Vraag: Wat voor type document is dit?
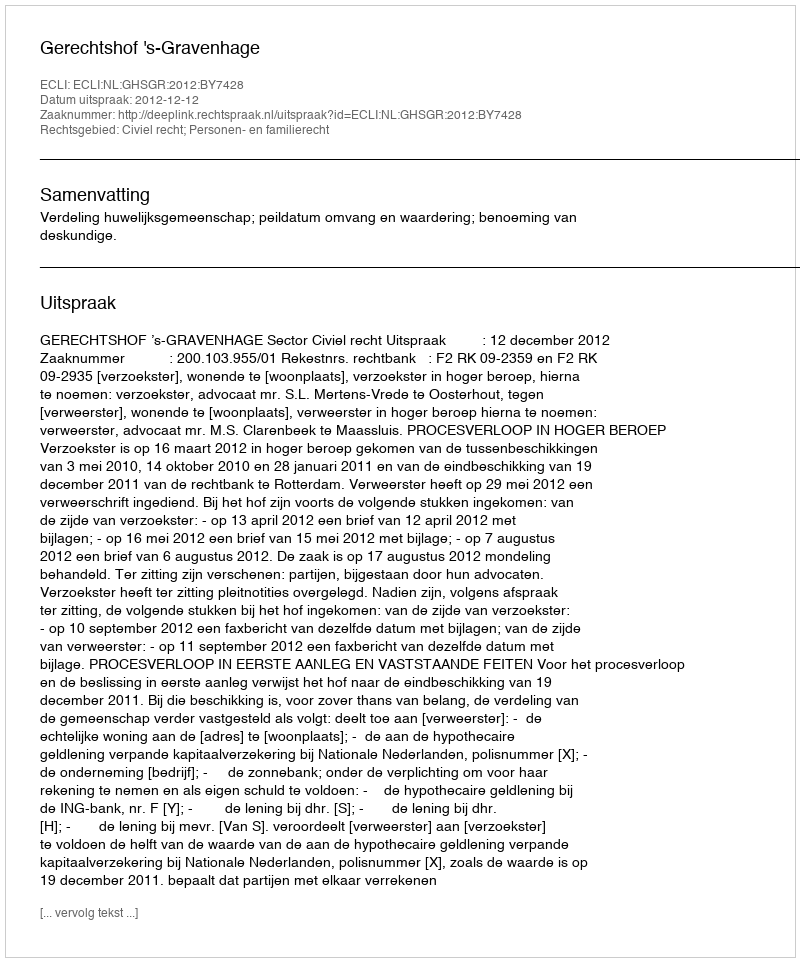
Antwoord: Uitspraak